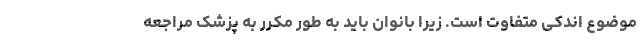
موضوع اندکی متفاوت است. زیرا بانوان باید به طور مکرر به پزشک مراجعه